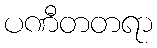
ပဏီတတရာ